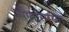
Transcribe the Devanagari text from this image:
सीतारमय्या